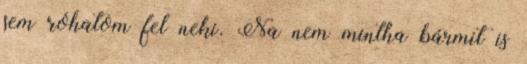
sem róhatom fel neki. Na nem mintha bármit is